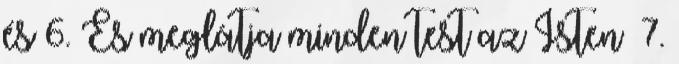
és 6. És meglátja minden test az Isten− 7.